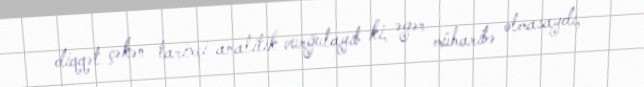
diqqət çəkən tarixçi-analitik vurğulayıb ki, əgər müharibə olmasaydı,